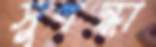
সুগন্ধা